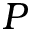
P